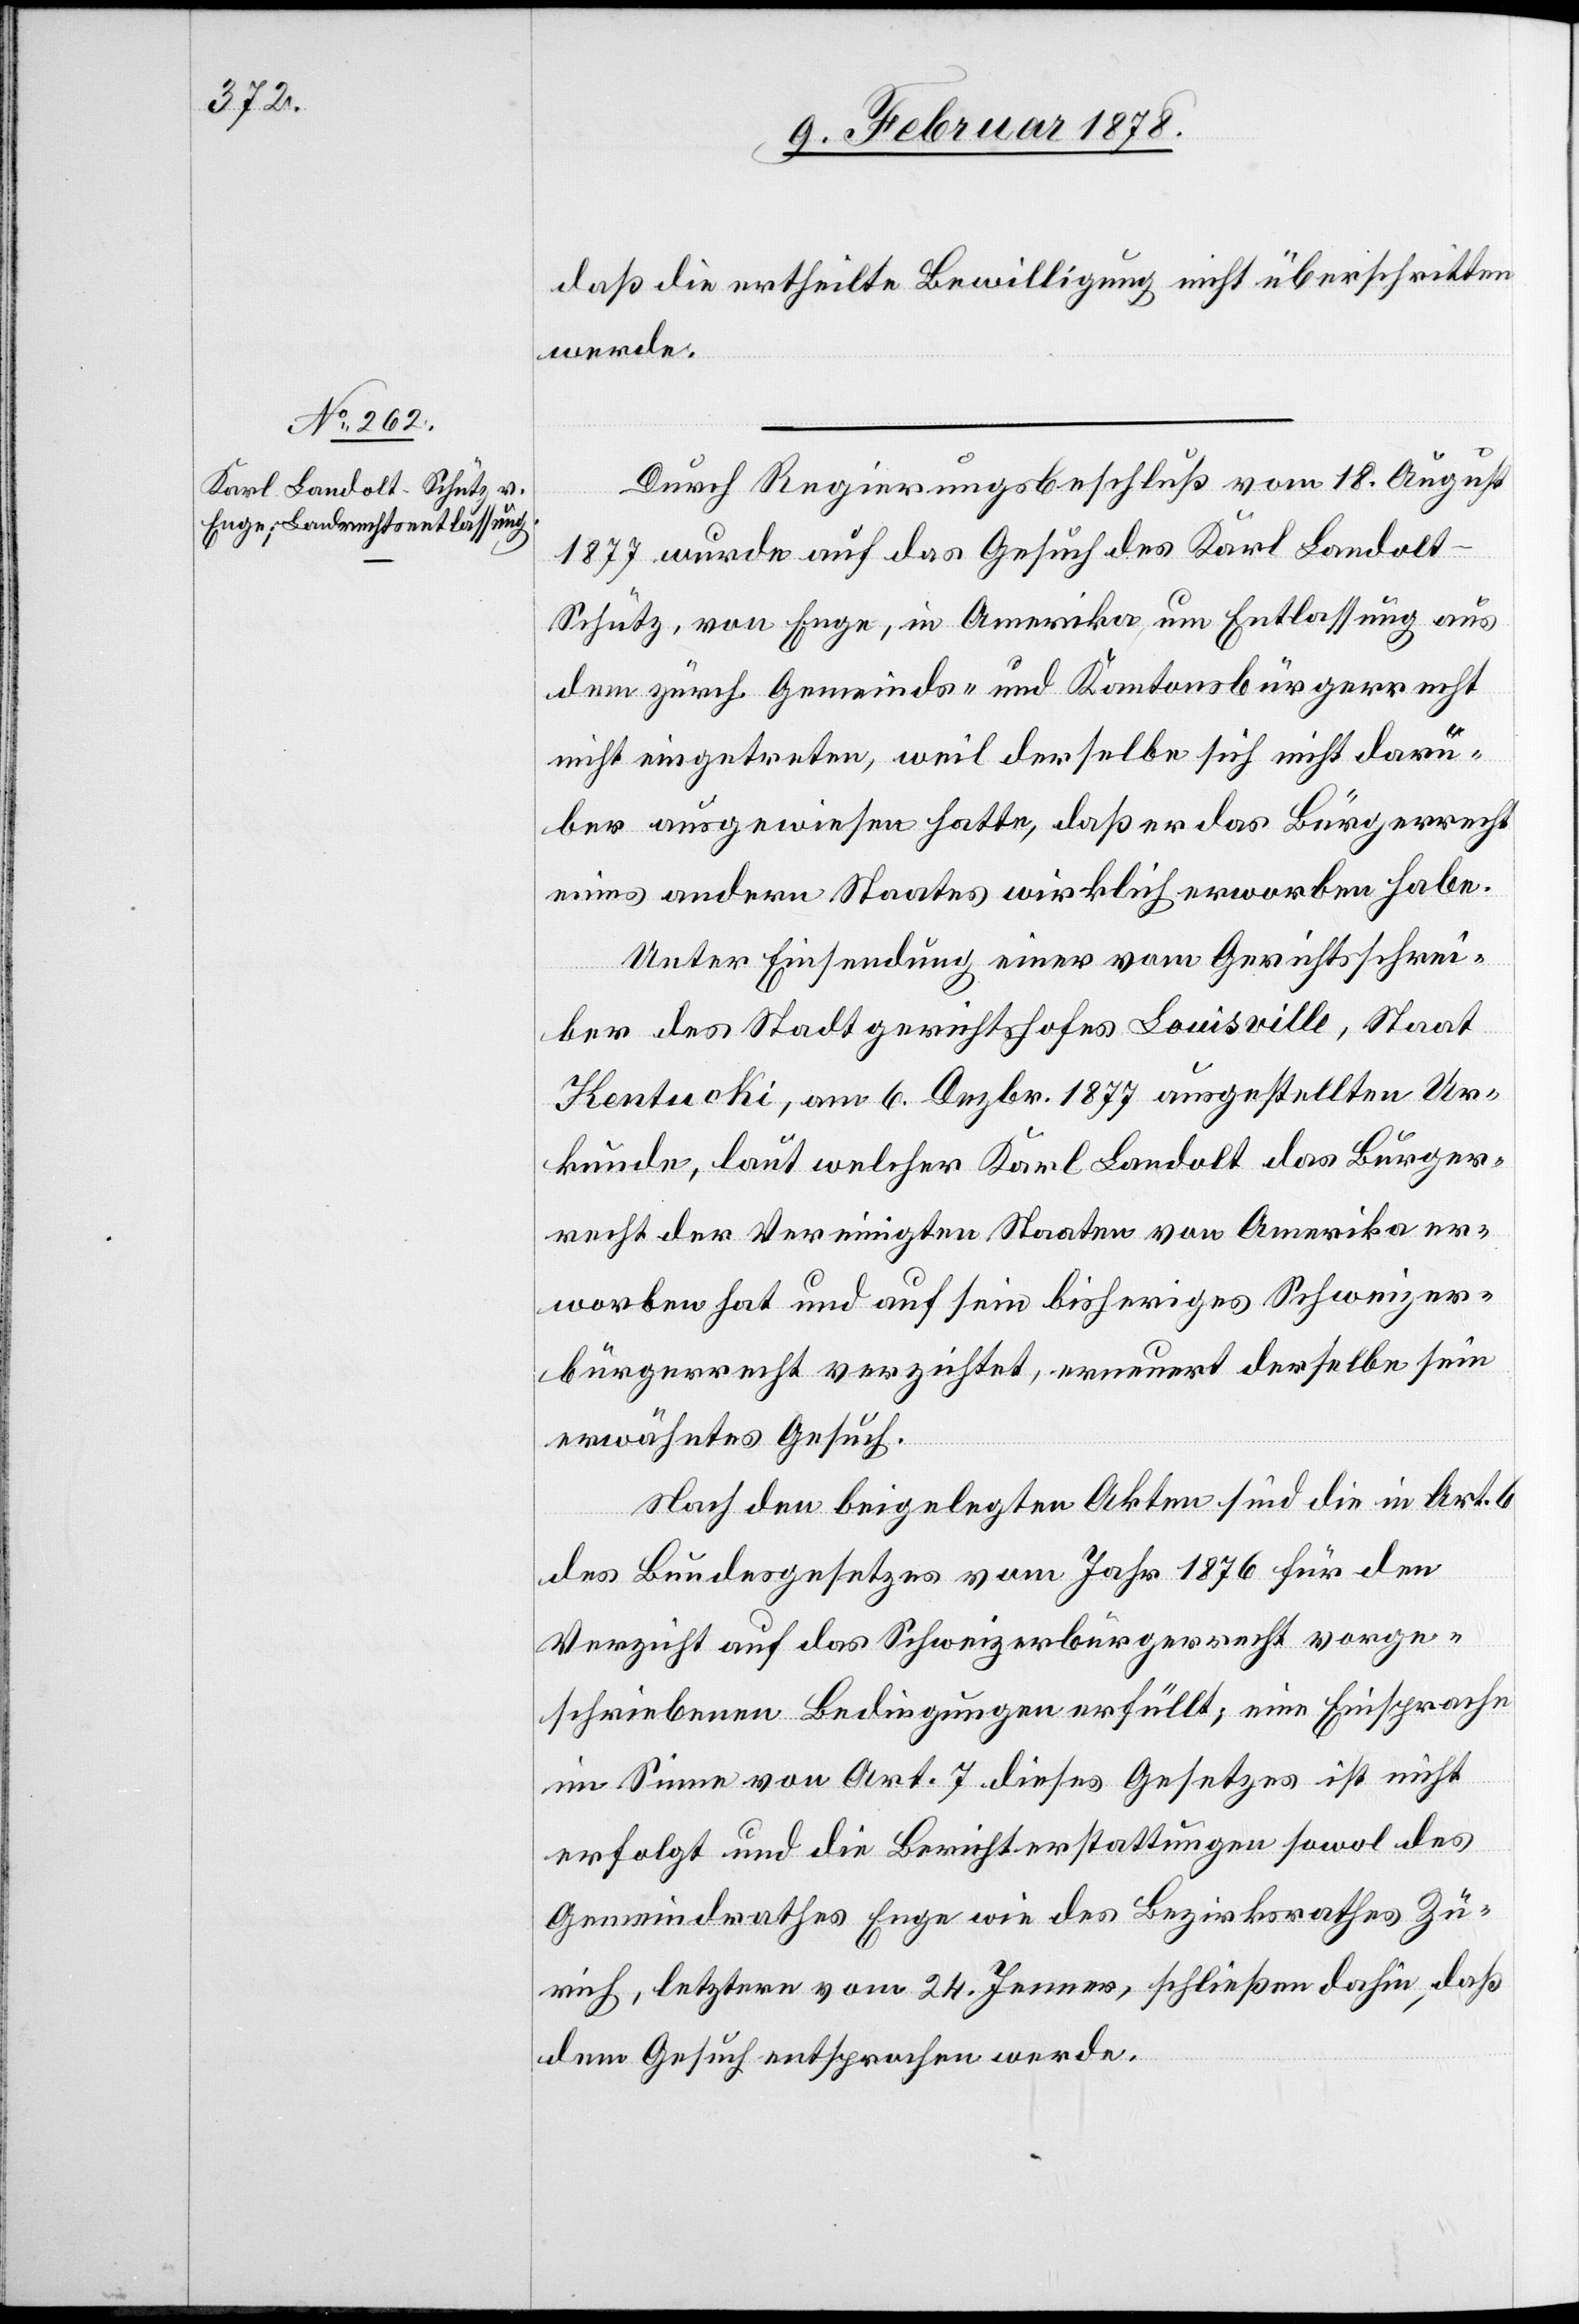
daß die ertheilte Bewilligung nicht überschritten
werde.
Durch Regierungsbeschluß vom 18. August
1877 wurde auf das Gesuch des Karl Landol¬
t-Schütz, von Enge, in Amerika um Entlassung aus
dem zürch. Gemeinds- und Kantonsbürgerrecht
nicht eingetreten, weil derselbe sich nicht darü¬
ber ausgewiesen hatte, daß er das Bürgerrecht
eines andern Staates wirklich erworben habe.
Unter Einsendung einer vom Gerichtsschrei¬
ber des Stadtgerichtshofes Louisville, Staat
Kentucki, am 6. Dezbr. 1877 ausgestellten Ur¬
kunde, laut welcher Karl Landolt das Bürger¬
recht der Vereinigten Staaten von Amerika er¬
worben hat und auf sein bisheriges Schweizer¬
bürgerrecht verzichtet, erneuert derselbe sein
erwähntes Gesuch.
Nach den beigelegten Akten sind die in Art. 6
des Bundesgesetzes vom Jahr 1876 für den
Verzicht auf das Schweizerbürgerrecht vorge¬
schriebenen Bedingungen erfüllt; eine Einsprache
im Sinne von Art. 7 dieses Gesetzes ist nicht
erfolgt und die Berichterstattungen sowol des
Gemeindrathes Enge wie des Bezirksrathes Zü¬
rich, letztere vom 24. Jenner, schließen dahin, daß
dem Gesuch entsprochen werde.